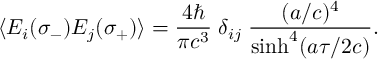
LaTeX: \langle E _ { i } ( \sigma _ { - } ) E _ { j } ( \sigma _ { + } ) \rangle = { \frac { 4 \hbar } { \pi c ^ { 3 } } } \; \delta _ { i j } \; { \frac { ( a / c ) ^ { 4 } } { \sinh ^ { 4 } ( a \tau / 2 c ) } } . \hfill \qquad \qquad